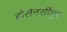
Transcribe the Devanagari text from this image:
होलेनर्सीपुर